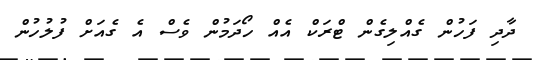
ދާދި ފަހުން ގެއްލިގެން ޓްރަކް އެއް ހޯދަމުން ވެސް އެ ގެއަށް ފުލުހުން